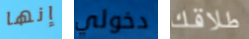
إنها دخولي طلاقك